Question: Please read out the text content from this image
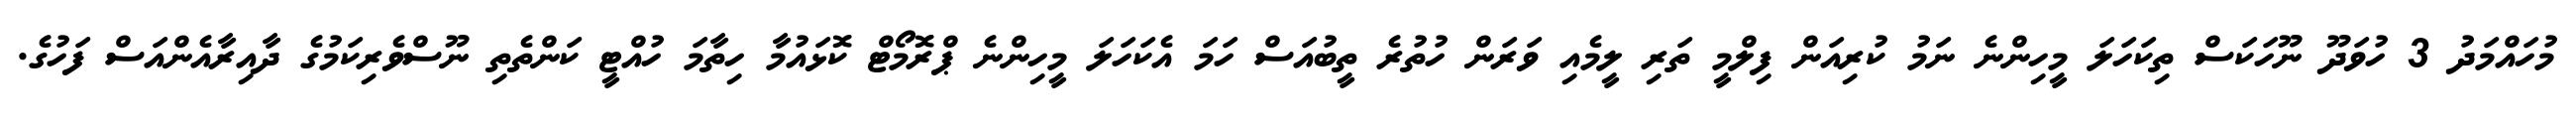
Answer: މުހައްމަދު 3 ހުވަދޫ ނޫހަކަސް ތިކަހަލަ މީހިންނެ ނަމު ކުރިއަން ފިލްމީ ތަރި ލީމެއި ވަރަން ހުތުރެ ތީބުއަސް ހަމަ އެކަހަލަ މީހިންނެ ޕްރޮމޯޓް ކޮޅައުމާ ހިތާމަ ހުއްޓީ ކަންތެތި ނޫސްވެރިކަމުގެ ދާއިރާއެންއަސް ފަހުގެ.